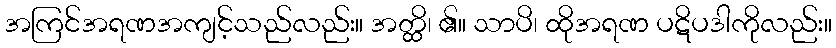
အကြင်အရဏအကျင့်သည်လည်း။ အတ္ထိ၊ ၏။ သာပိ၊ ထိုအရဏ ပဋိပဒါကိုလည်း။